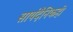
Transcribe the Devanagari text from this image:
सायंदैनिकही